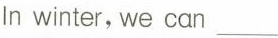
In winter, we can___